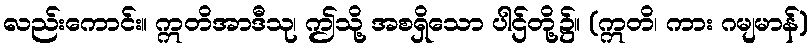
လည်းကောင်း။ ဣတိအာဒီသု၊ ဤသို့ အစရှိသော ပါဌ်တို့၌။ (ဣတိ၊ ကား ဂမျမာန်)